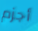
أجزم